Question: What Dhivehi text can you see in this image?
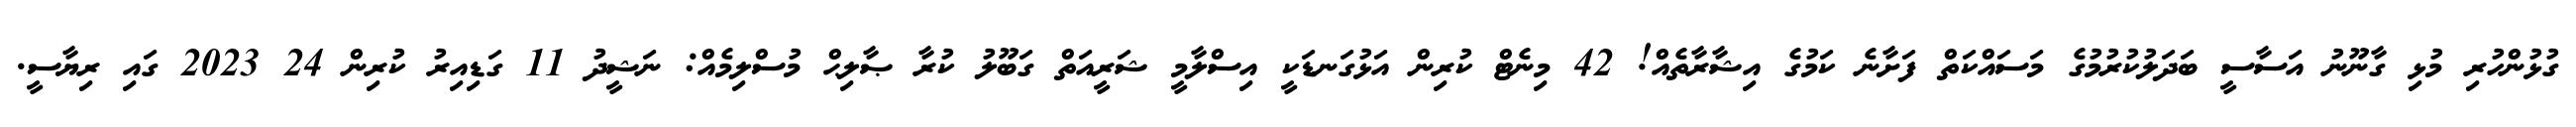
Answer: ގުޅުންހުރި މުޅި ގާނޫނު އަސާސީ ބަދަލުކުރުމުގެ މަސައްކަތް ފަށާނެ ކަމުގެ އިޝާރާތެއް! 42 މިނެޓް ކުރިން އަޅުގަނޑަކީ އިސްލާމީ ޝަރީއަތް ގަބޫލު ކުރާ ޞާލިޙް މުސްލިމެއް: ނަޝީދު 11 ގަޑިއިރު ކުރިން 24 2023 ގައި ރިޔާސީ.